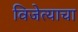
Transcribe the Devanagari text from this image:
विजेत्याचा